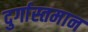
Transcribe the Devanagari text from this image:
दुर्गास्तमान